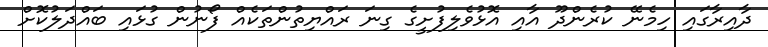
ދާއިރާގައި ހިމެނޭ ކުރެންދޫ އާއި އޮޅުވެލިފުށީގެ ގިނަ ރައްޔިތުންތަކެއް ފޯނުން ގުޅައި ބައްދަލުކޮށް